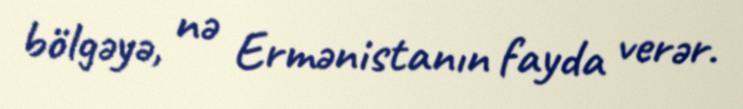
bölgəyə, nə Ermənistanın fayda verər.